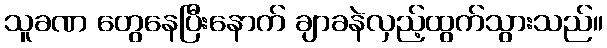
သူခဏ တွေနေပြီးနောက် ချာခနဲလှည့်ထွက်သွားသည်။